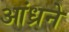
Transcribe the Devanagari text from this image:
आंध्रने